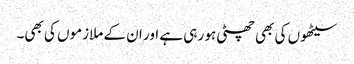
سیٹھوں کی بھی چھٹی ہو رہی ہے اور ان کے ملازموں کی بھی۔